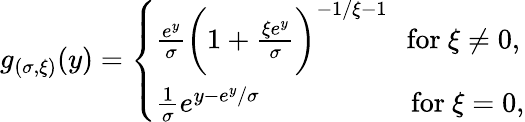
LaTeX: g_{(\sigma,\xi)}(y)={\left\{ \begin{array}{ll}{{\frac{e^{y}}{\sigma}}{\bigg(}1+{\frac{\xi e^{y}}{\sigma}}{\bigg)}^{-1/\xi-1}\, \, \, \, {\mathrm{for~}}\xi\neq 0,}\\ {{\frac{1}{\sigma}}e^{y-e^{y}/\sigma}\, \, \, \, \, \, \, \, \, \, \, \, \, \, \, \, \, \, \, \, \, \, \, \, \, \, \, \, \, \, \, \, {\mathrm{for~}}\xi=0,}\end{array}\right.}